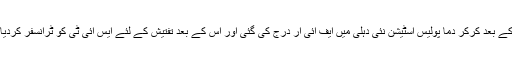
اس کے بعد کرکر دما پولیس اسٹیشن نئی دہلی میں ایف آئی آر درج کی گئی اور اس کے بعد تفتیش کے لئے ایس آئی ٹی کو ٹرانسفر کردیا گیا۔